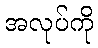
အလုပ်ကို